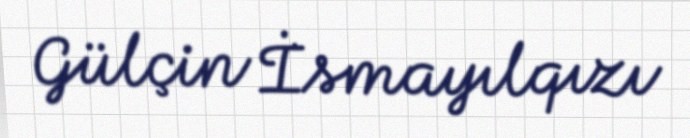
Gülçin İsmayılqızı